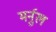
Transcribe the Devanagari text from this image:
मर्नुल